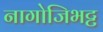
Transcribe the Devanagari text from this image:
नागोजिभट्ट